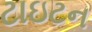
ટાઇટન